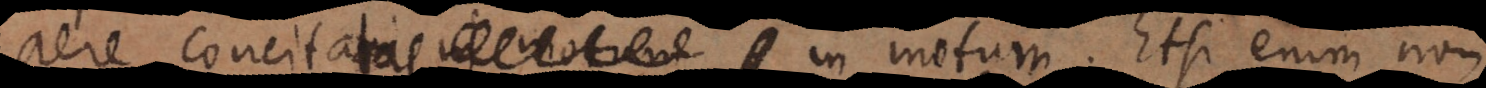
aëre concitatas in motum. Etsi enim non